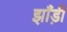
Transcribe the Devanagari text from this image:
झाँड़ी